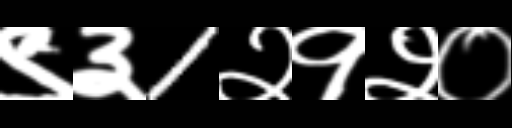
Text: ९३1२१२०